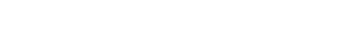
မျက်လုံးကို ဝင့်ကြည့်ကာ ဆက်ပြောလေသည်။